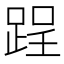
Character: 𨁎